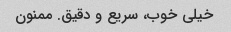
خیلی خوب، سریع و دقیق. ممنون